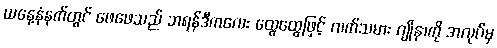
ယနေ့နံနက်တွင် ဖေဖေသည် ဘရန်ဒီကလေး ထွေထွေဖြင့် လက်သမား ဂျိုနာကို အလုပ်မှ